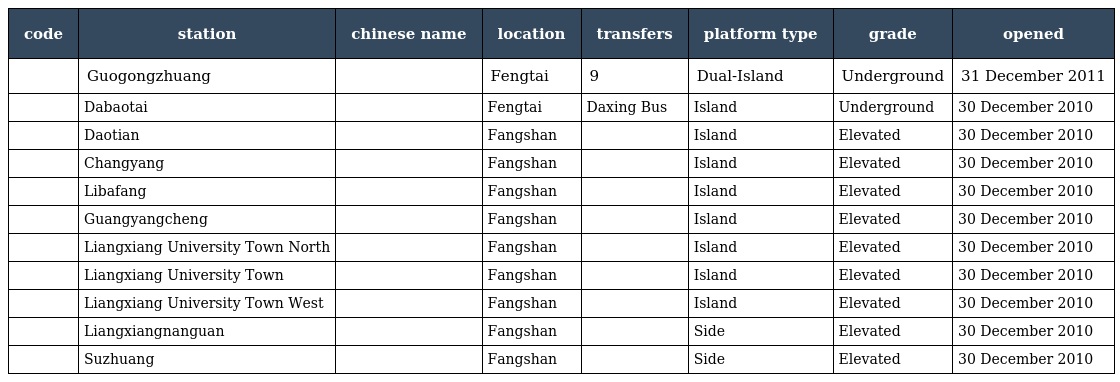
| code | station | chinese name | location | transfers | platform type | grade | opened |
 | --- | --- | --- | --- | --- | --- | --- | --- |
 |  | Guogongzhuang | 郭公庄 | Fengtai | 9 | Dual-Island | Underground | 31 December 2011 |
 |  | Dabaotai | 大葆台 | Fengtai | Daxing Bus | Island | Underground | 30 December 2010 |
 |  | Daotian | 稻田 | Fangshan |  | Island | Elevated | 30 December 2010 |
 |  | Changyang | 长阳 | Fangshan |  | Island | Elevated | 30 December 2010 |
 |  | Libafang | 篱笆房 | Fangshan |  | Island | Elevated | 30 December 2010 |
 |  | Guangyangcheng | 广阳城 | Fangshan |  | Island | Elevated | 30 December 2010 |
 |  | Liangxiang University Town North | 良乡大学城北 | Fangshan |  | Island | Elevated | 30 December 2010 |
 |  | Liangxiang University Town | 良乡大学城 | Fangshan |  | Island | Elevated | 30 December 2010 |
 |  | Liangxiang University Town West | 良乡大学城西 | Fangshan |  | Island | Elevated | 30 December 2010 |
 |  | Liangxiangnanguan | 良乡南关 | Fangshan |  | Side | Elevated | 30 December 2010 |
 |  | Suzhuang | 苏庄 | Fangshan |  | Side | Elevated | 30 December 2010 |